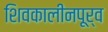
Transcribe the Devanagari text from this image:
शिवकालीनपूर्व